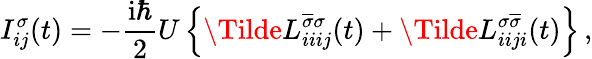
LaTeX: I_{ij}^{\sigma}(t)=-\frac{\mathrm{i}\hbar}{2}U\left\{ \Tilde{L}_{iiij}^{\overline{{\sigma}}\sigma}(t)+\Tilde{L}_{iiji}^{\sigma\overline{{\sigma}}}(t)\right\} \, ,